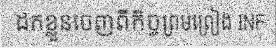
ដកខ្លួនចេញពីកិច្ចព្រមព្រៀង INF